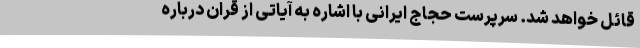
قائل خواهد شد. سرپرست حجاج ایرانی با اشاره به آیاتی از قران درباره